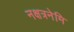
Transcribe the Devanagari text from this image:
नक्षत्रनेमि